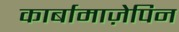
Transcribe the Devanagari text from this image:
कार्बामाज़ेपिन